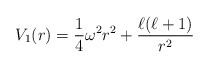
\begin{align*}V_1(r)=\frac{1}{4}\omega^2r^2+\frac{\ell(\ell+1)}{r^2}\end{align*}